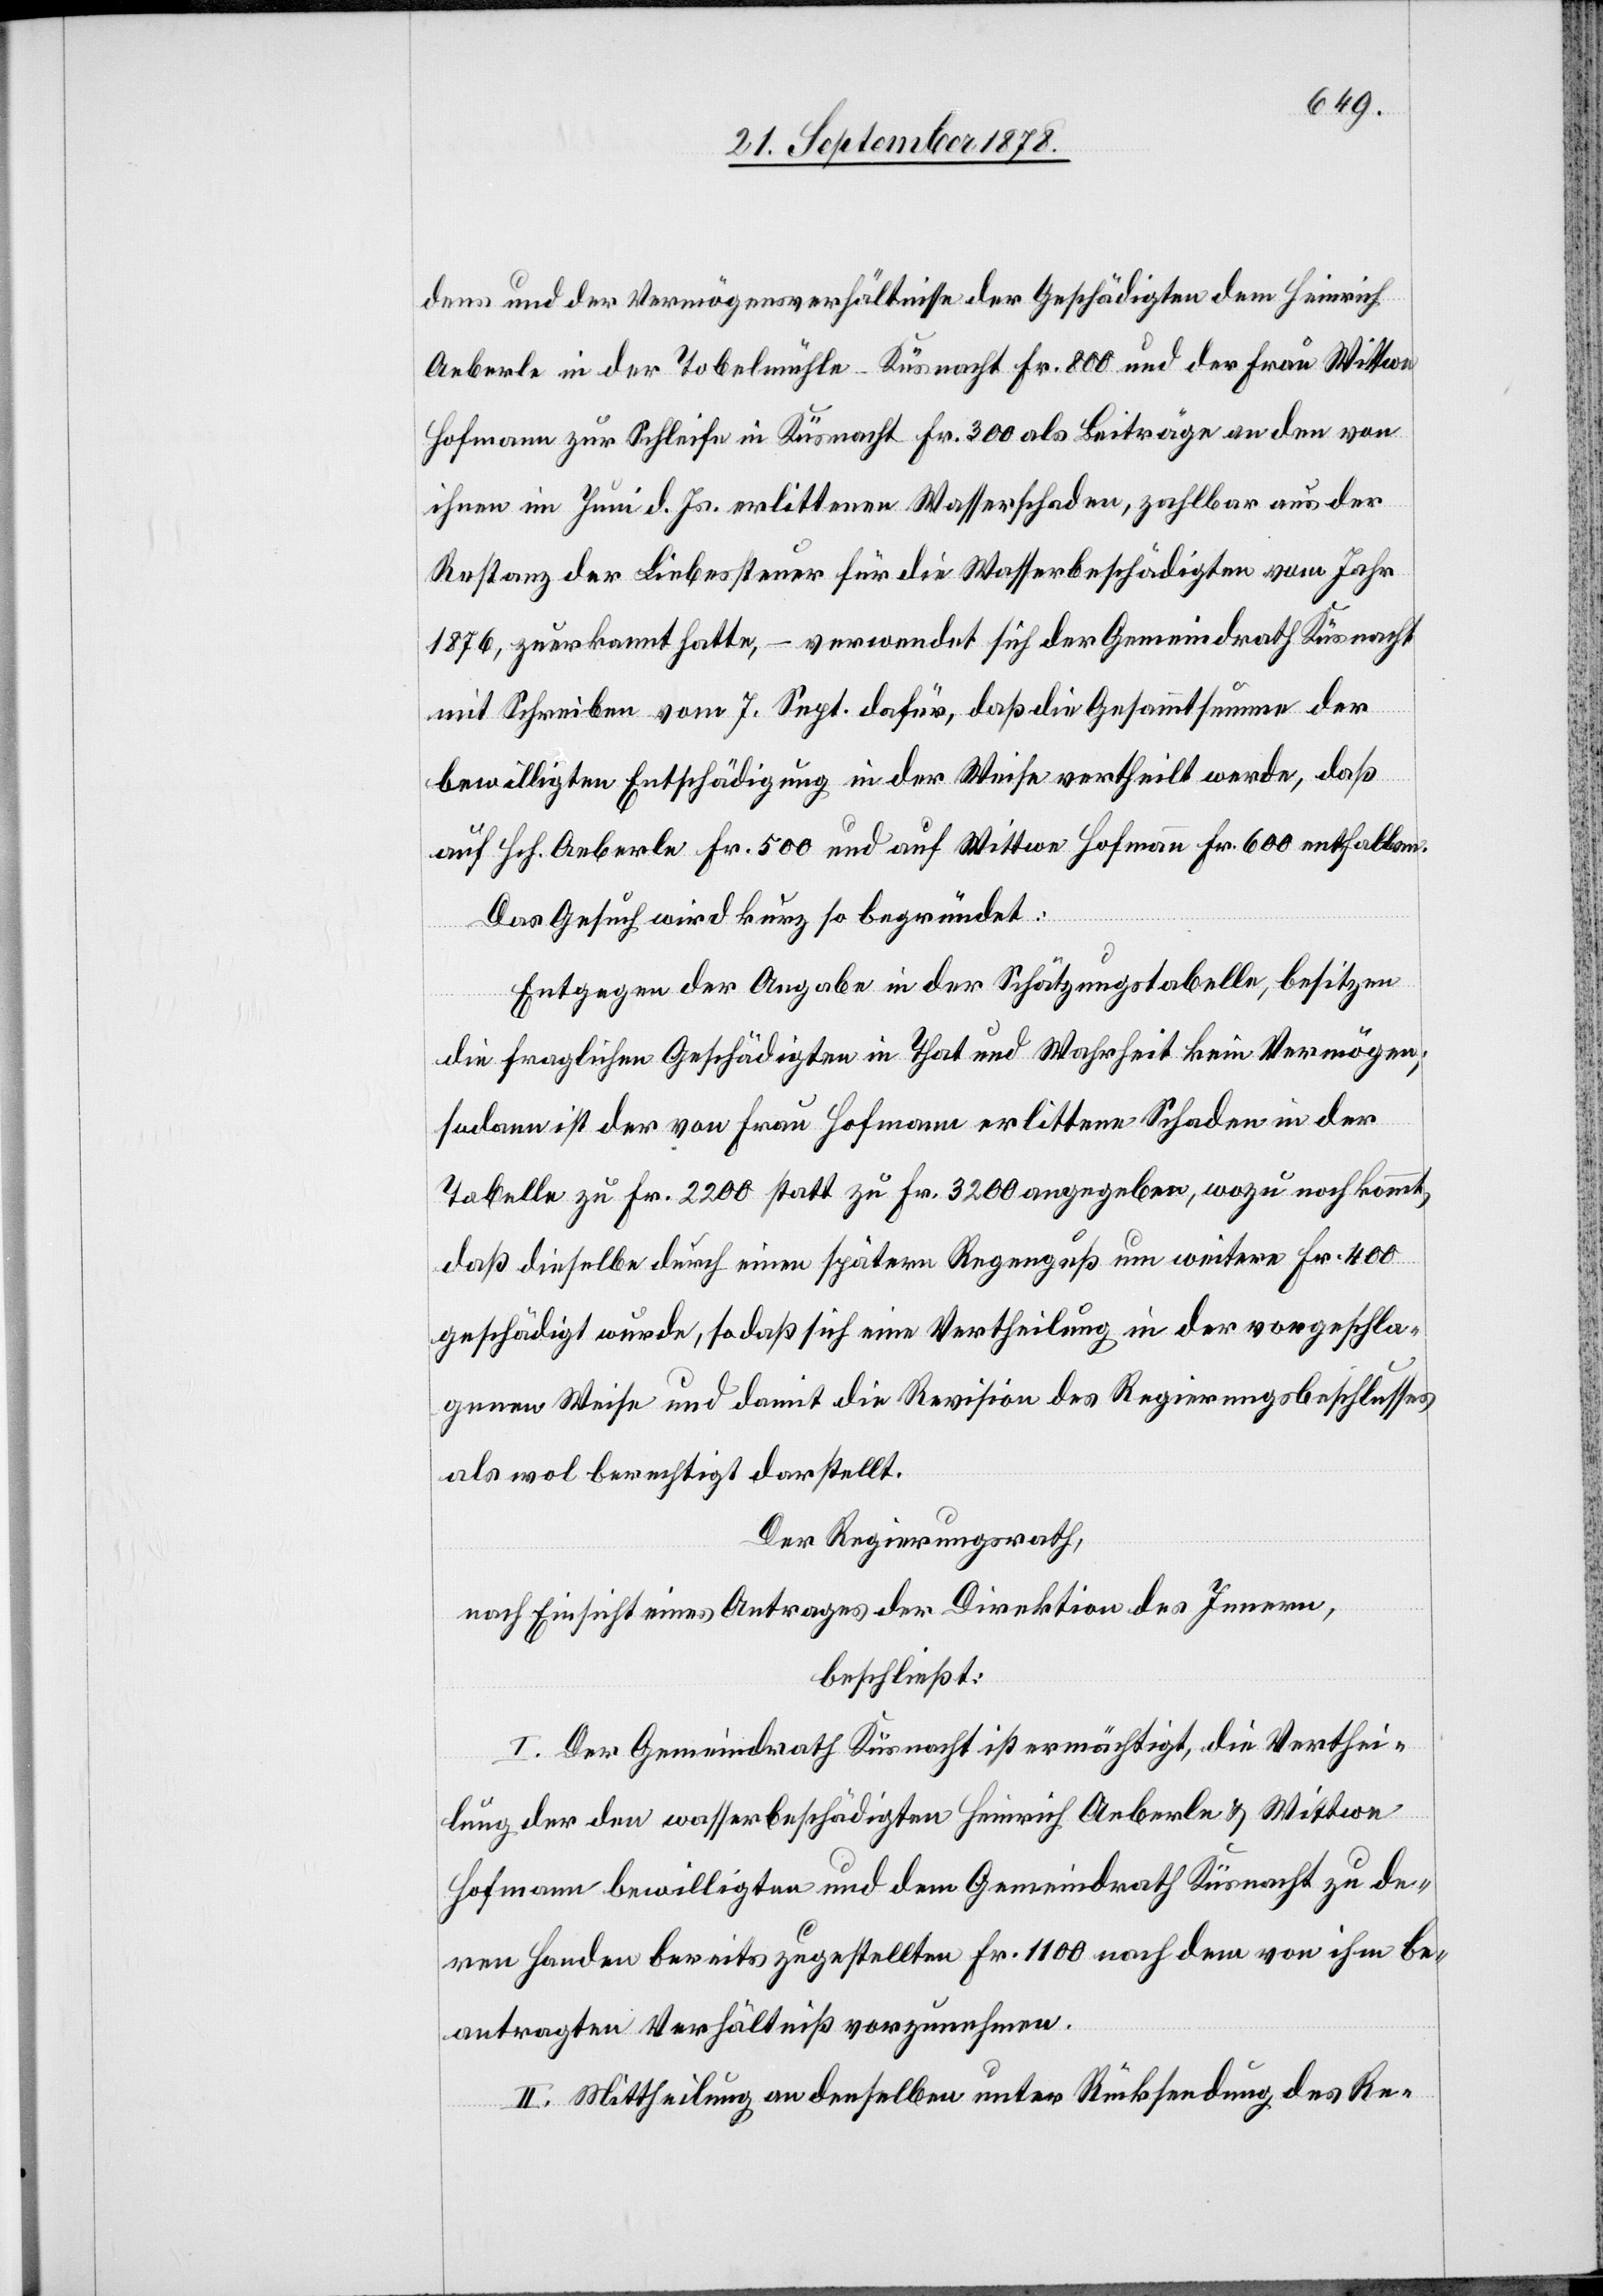
dens und der Vermögensverhältnisse der Geschädigten dem Heinrich
Aeberle in der Tobelmühle - Küsnacht Fr. 800 und der Frau Wittwe
Hofmann zur Schleife in Küsnacht Fr. 300 als Beiträge an den von
ihnen im Juni d. Js. erlittenen Wasserschaden, zahlbar aus der
Restanz der Liebessteuer für die Wasserbeschädigten vom Jahr
1876, zuerkannt hatte, – verwendet sich der Gemeindrath Küsnacht
mit Schreiben vom 7. Sept. dafür, daß die Gesammtsumme der
bewilligten Entschädigung in der Weise vertheilt werde, daß
auf Hch. Aeberle Fr. 500 und auf Wittwe Hofmann Fr. 600 entfallen.
Das Gesuch wird kurz so begründet:
Entgegen der Angabe in der Schätzungstabelle, besitzen
die fraglichen Geschädigten in That und Wahrheit kein Vermögen;
sodann ist der von Frau Hofmann erlittene Schaden in der
Tabelle zu Fr. 2200 statt zu Fr. 3200 angegeben, wozu noch kommt,
daß dieselbe durch einen spätern Regenguß um weitere Fr. 400
geschädigt wurde, so daß sich eine Vertheilung in der vorgeschla¬
genen Weise und damit die Revision des Regierungsbeschlusses
als wol berechtigt darstellt.
Der Regierungsrath,
nach Einsicht eines Antrages der Direktion des Innern,
beschließt:
I. Der Gemeindrath Küsnacht ist ermächtigt, die Verthei¬
lung der den wasserbeschädigten Heinrich Aeberle & Wittwe
Hofmann bewilligten und dem Gemeindrath Küsnacht zu de¬
ren Handen bereits zugestellten Fr. 1100 nach dem von ihm be¬
antragten Verhältniß vorzunehmen.
II. Mittheilung an denselben unter Rücksendung des Re-